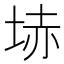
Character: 𡋽